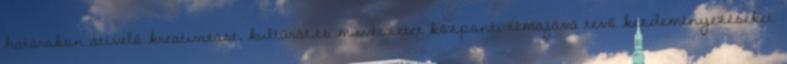
határokon átívelő kreativitást, kultúrát,és művészetet központi témájává tevő kezdeményezéseket.